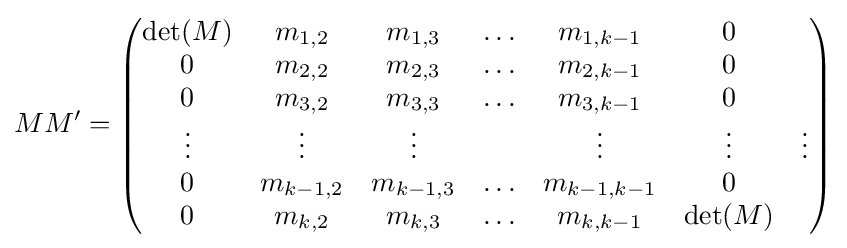
MM'={\begin{pmatrix}\det(M)&m_{1,2}&m_{1,3}&\ldots &m_{1,k-1}&0\\0&m_{2,2}&m_{2,3}&\ldots &m_{2,k-1}&0\\0&m_{3,2}&m_{3,3}&\ldots &m_{3,k-1}&0\\\vdots &\vdots &\vdots &&\vdots &\vdots &\vdots \\0&m_{k-1,2}&m_{k-1,3}&\ldots &m_{k-1,k-1}&0\\0&m_{k,2}&m_{k,3}&\ldots &m_{k,k-1}&\det(M)\end{pmatrix}}